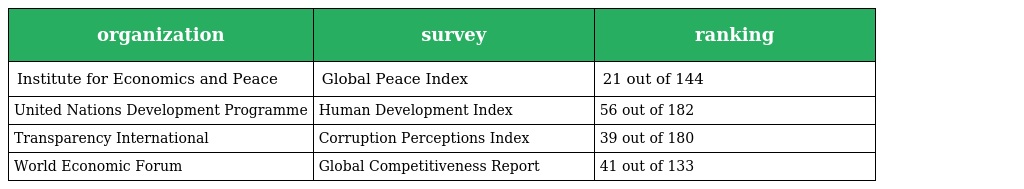
| organization | survey | ranking |
 | --- | --- | --- |
 | Institute for Economics and Peace | Global Peace Index | 21 out of 144 |
 | United Nations Development Programme | Human Development Index | 56 out of 182 |
 | Transparency International | Corruption Perceptions Index | 39 out of 180 |
 | World Economic Forum | Global Competitiveness Report | 41 out of 133 |